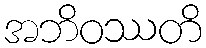
အဘိဝဿတိ